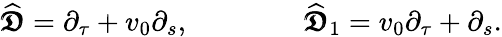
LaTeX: {\widehat{\pmb{\mathfrak{D}}}}=\partial_{\tau}+v_{0}\partial_{s},\qquad\qquad{\widehat{\pmb{\mathfrak{D}}}}_{1}=v_{0}\partial_{\tau}+\partial_{s}.